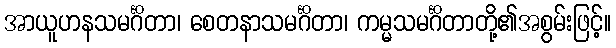
အာယူဟနသမင်္ဂိတာ၊ စေတနာသမင်္ဂိတာ၊ ကမ္မသမင်္ဂိတာတို့၏အစွမ်းဖြင့်။